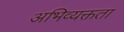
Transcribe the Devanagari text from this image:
अभिव्यक्तता